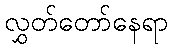
လွှတ်တော်နေရာ